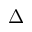
\Delta